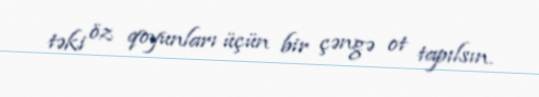
təki öz qoyunları üçün bir çəngə ot tapılsın.